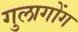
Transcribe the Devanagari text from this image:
गुलागोंग